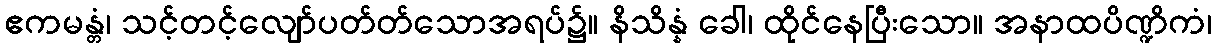
ဧကမန္တံ၊ သင့်တင့်လျော်ပတ်တ်သောအရပ်၌။ နိသိန္နံ ခေါ၊ ထိုင်နေပြီးသော။ အနာထပိဏ္ဍိကံ၊